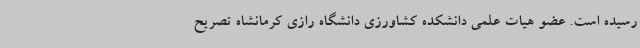
رسیده است. عضو هیات علمی دانشکده کشاورزی دانشگاه رازی کرمانشاه تصریح